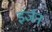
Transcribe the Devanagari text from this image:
इंर्जन